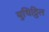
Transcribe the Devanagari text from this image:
युधिट्ठिल